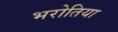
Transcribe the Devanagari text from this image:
भरोतिया